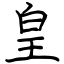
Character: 皇